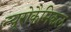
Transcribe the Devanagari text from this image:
न्यूरोकैमिकल